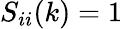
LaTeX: S_{ii}(k)=1